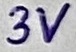
Text: 3V